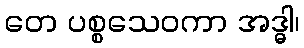
တေ ပစ္စသေဝကာ အဒ္ဓါ၊